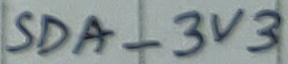
Text: SDA_3V3